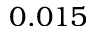
0 . 0 1 5